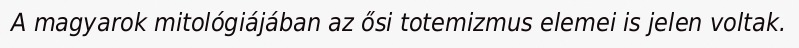
A magyarok mitológiájában az ősi totemizmus elemei is jelen voltak.